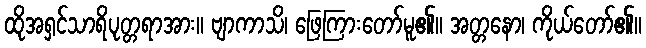
ထိုအရှင်သာရိပုတ္တရာအား။ ဗျာကာသိ၊ ဖြေကြားတော်မူ၏။ အတ္တနော၊ ကိုယ်တော်၏။